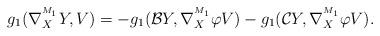
LaTeX: \begin{align*}g_{1}(\nabla^{^{M_1}}_{X}Y,V)&=-g_{1}(\mathcal{B}Y,\nabla^{^{M_1}}_{X}\varphi V)-g_{1}(\mathcal{C}Y,\nabla^{^{M_1}}_{X}\varphi V).\end{align*}